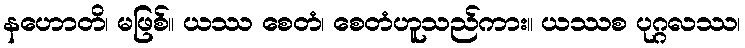
နဟောတိ၊ မဖြစ်။ ယဿ စေတံ၊ စေတံဟူသည်ကား။ ယဿစ ပုဂ္ဂလဿ၊